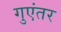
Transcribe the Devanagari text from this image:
गुएंतर